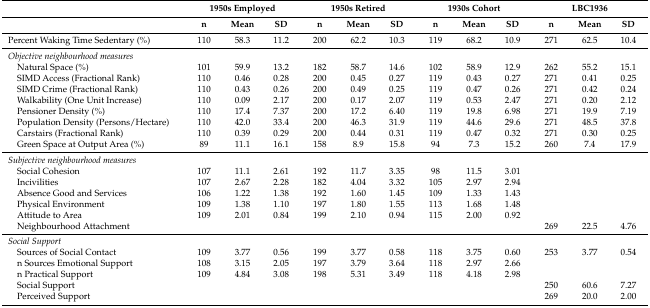
<table><thead><tr><td></td><td colspan="3"><b>1950s Employed</b></td><td colspan="3"><b>1950s Retired</b></td><td colspan="3"><b>1930s Cohort</b></td><td colspan="3"><b>LBC1936</b></td></tr><tr><td></td><td><b>n</b></td><td><b>Mean</b></td><td><b>SD</b></td><td><b>n</b></td><td><b>Mean</b></td><td><b>SD</b></td><td><b>n</b></td><td><b>Mean</b></td><td><b>SD</b></td><td><b>n</b></td><td><b>Mean</b></td><td><b>SD</b></td></tr></thead><tbody><tr><td>Percent Waking Time Sedentary (%)</td><td>110</td><td>58.3</td><td>11.2</td><td>200</td><td>62.2</td><td>10.3</td><td>119</td><td>68.2</td><td>10.9</td><td>271</td><td>62.5</td><td>10.4</td></tr><tr><td colspan="4"><i>Objective neighbourhood measures</i></td><td></td><td></td><td></td><td></td><td></td><td></td><td></td><td></td><td></td></tr><tr><td> Natural Space (%)</td><td>101</td><td>59.9</td><td>13.2</td><td>182</td><td>58.7</td><td>14.6</td><td>102</td><td>58.9</td><td>12.9</td><td>262</td><td>55.2</td><td>15.1</td></tr><tr><td> SIMD Access (Fractional Rank)</td><td>110</td><td>0.46</td><td>0.28</td><td>200</td><td>0.45</td><td>0.27</td><td>119</td><td>0.43</td><td>0.27</td><td>271</td><td>0.41</td><td>0.25</td></tr><tr><td> SIMD Crime (Fractional Rank)</td><td>110</td><td>0.43</td><td>0.26</td><td>200</td><td>0.49</td><td>0.25</td><td>119</td><td>0.47</td><td>0.26</td><td>271</td><td>0.42</td><td>0.24</td></tr><tr><td> Walkability (One Unit Increase)</td><td>110</td><td>0.09</td><td>2.17</td><td>200</td><td>0.17</td><td>2.07</td><td>119</td><td>0.53</td><td>2.47</td><td>271</td><td>0.20</td><td>2.12</td></tr><tr><td> Pensioner Density (%)</td><td>110</td><td>17.4</td><td>7.37</td><td>200</td><td>17.2</td><td>6.40</td><td>119</td><td>19.8</td><td>6.98</td><td>271</td><td>19.9</td><td>7.19</td></tr><tr><td> Population Density (Persons/Hectare)</td><td>110</td><td>42.0</td><td>33.4</td><td>200</td><td>46.3</td><td>31.9</td><td>119</td><td>44.6</td><td>29.6</td><td>271</td><td>48.5</td><td>37.8</td></tr><tr><td> Carstairs (Fractional Rank)</td><td>110</td><td>0.39</td><td>0.29</td><td>200</td><td>0.44</td><td>0.31</td><td>119</td><td>0.47</td><td>0.32</td><td>271</td><td>0.30</td><td>0.25</td></tr><tr><td> Green Space at Output Area (%)</td><td>89</td><td>11.1</td><td>16.1</td><td>158</td><td>8.9</td><td>15.8</td><td>94</td><td>7.3</td><td>15.2</td><td>260</td><td>7.4</td><td>17.9</td></tr><tr><td colspan="4"><i>Subjective neighbourhood measures</i></td><td></td><td></td><td></td><td></td><td></td><td></td><td></td><td></td><td></td></tr><tr><td> Social Cohesion</td><td>107</td><td>11.1</td><td>2.61</td><td>192</td><td>11.7</td><td>3.35</td><td>98</td><td>11.5</td><td>3.01</td><td></td><td></td><td></td></tr><tr><td> Incivilities</td><td>107</td><td>2.67</td><td>2.28</td><td>182</td><td>4.04</td><td>3.32</td><td>105</td><td>2.97</td><td>2.94</td><td></td><td></td><td></td></tr><tr><td> Absence Good and Services</td><td>106</td><td>1.22</td><td>1.38</td><td>192</td><td>1.60</td><td>1.45</td><td>109</td><td>1.33</td><td>1.43</td><td></td><td></td><td></td></tr><tr><td> Physical Environment</td><td>109</td><td>1.38</td><td>1.10</td><td>197</td><td>1.80</td><td>1.55</td><td>113</td><td>1.68</td><td>1.48</td><td></td><td></td><td></td></tr><tr><td> Attitude to Area</td><td>109</td><td>2.01</td><td>0.84</td><td>199</td><td>2.10</td><td>0.94</td><td>115</td><td>2.00</td><td>0.92</td><td></td><td></td><td></td></tr><tr><td> Neighbourhood Attachment </td><td></td><td></td><td></td><td></td><td></td><td></td><td></td><td></td><td></td><td>269</td><td>22.5</td><td>4.76</td></tr><tr><td colspan="4"><i>Social Support</i></td><td></td><td></td><td></td><td></td><td></td><td></td><td></td><td></td><td></td></tr><tr><td> Sources of Social Contact</td><td>109</td><td>3.77</td><td>0.56</td><td>199</td><td>3.77</td><td>0.58</td><td>118</td><td>3.75</td><td>0.60</td><td>253</td><td>3.77</td><td>0.54</td></tr><tr><td> n Sources Emotional Support</td><td>108</td><td>3.15</td><td>2.05</td><td>197</td><td>3.79</td><td>3.64</td><td>118</td><td>2.97</td><td>2.66</td><td></td><td></td><td></td></tr><tr><td> n Practical Support </td><td>109</td><td>4.84</td><td>3.08</td><td>198</td><td>5.31</td><td>3.49</td><td>118</td><td>4.18</td><td>2.98</td><td></td><td></td><td></td></tr><tr><td> Social Support</td><td></td><td></td><td></td><td></td><td></td><td></td><td></td><td></td><td></td><td>250</td><td>60.6</td><td>7.27</td></tr><tr><td> Perceived Support</td><td></td><td></td><td></td><td></td><td></td><td></td><td></td><td></td><td></td><td>269</td><td>20.0</td><td>2.00</td></tr></tbody></table>